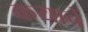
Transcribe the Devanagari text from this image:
कयाचें